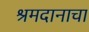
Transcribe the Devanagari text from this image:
श्रमदानाचा